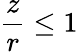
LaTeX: \frac{z}{r}\leq 1